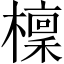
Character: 檁